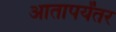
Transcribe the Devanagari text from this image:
आतापर्यंतर